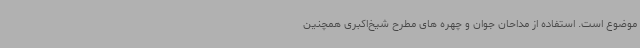
موضوع است. استفاده از مداحان جوان و چهره های مطرح شیخ‌اکبری همچنین